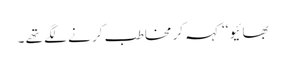
بھائیو ‘‘ کہہ کر مخاطب کر نے لگے تھے ۔